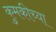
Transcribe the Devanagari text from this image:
कुमकीच्या